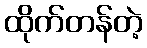
ထိုက်တန်တဲ့